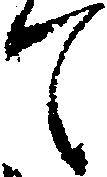
て